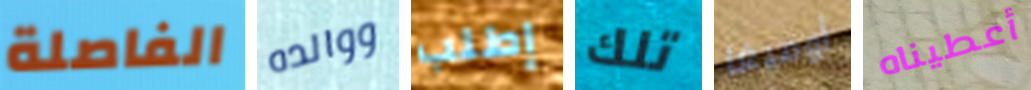
الفاصلة ووالده إطلب تلك أوميغا أعطيناه